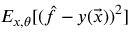
E _ { x , \theta } [ ( \hat { f } - y ( \vec { x } ) ) ^ { 2 } ]